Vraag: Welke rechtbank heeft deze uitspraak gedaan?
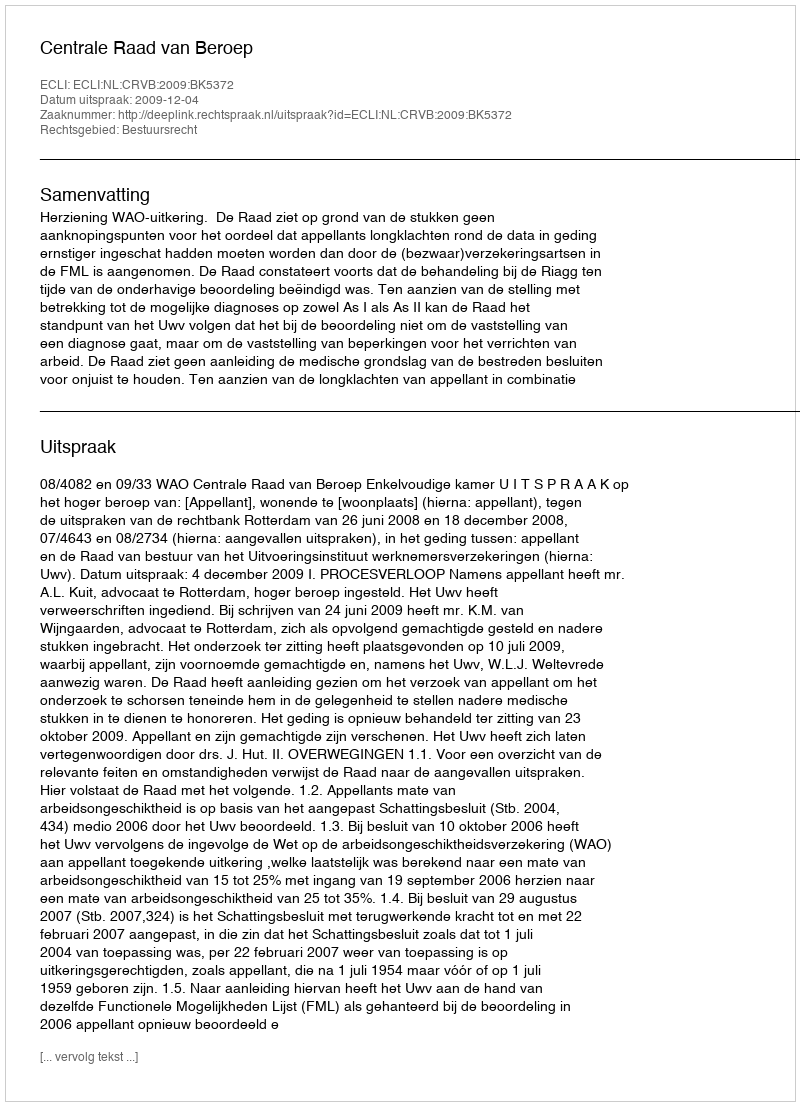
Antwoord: Centrale Raad van Beroep